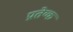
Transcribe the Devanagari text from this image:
प्रतेय्क